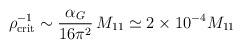
LaTeX: \begin{align*}\rho_{\rm crit}^{-1}\sim{\alpha_G\over 16\pi^2}\, M_{11}\simeq 2\times 10^{-4}M_{11}\end{align*}